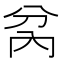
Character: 𭁋